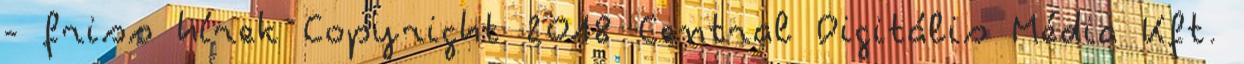
- friss hírek Copyright 2018 Central Digitális Média Kft.